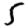
Digit: 5